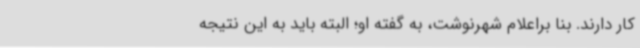
کار دارند. بنا براعلام شهرنوشت، به گفته او؛ البته باید به این نتیجه